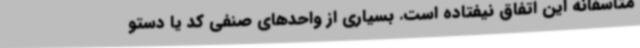
متاسفانه این اتفاق نیفتاده است. بسیاری از واحدهای صنفی کد یا دستو